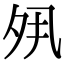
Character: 𡖊